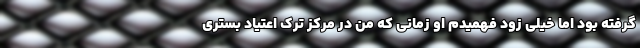
گرفته بود اما خیلی زود فهمیدم او زمانی که من در مرکز ترک اعتیاد بستری